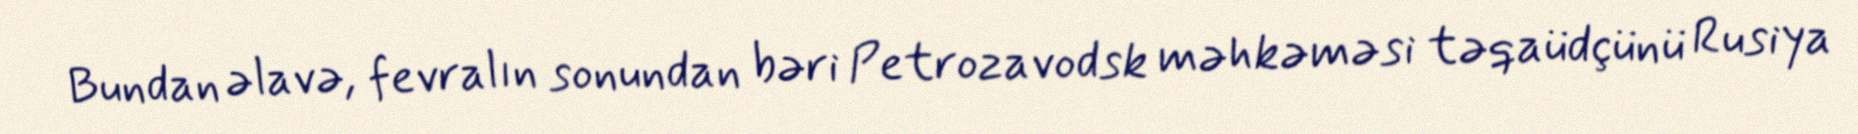
Bundan əlavə, fevralın sonundan bəri Petrozavodsk məhkəməsi təqaüdçünü Rusiya